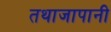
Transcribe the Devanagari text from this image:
तथाजापानी